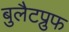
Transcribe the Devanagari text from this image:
बुलैटप्रुफ